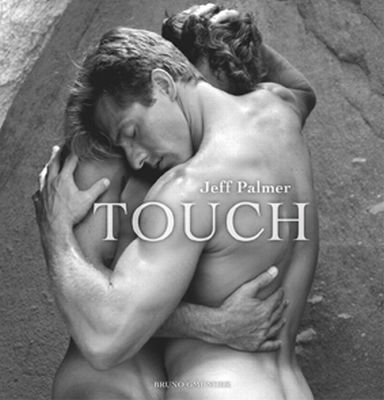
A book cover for Touch; Jeff Palmer; Arts & Photography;